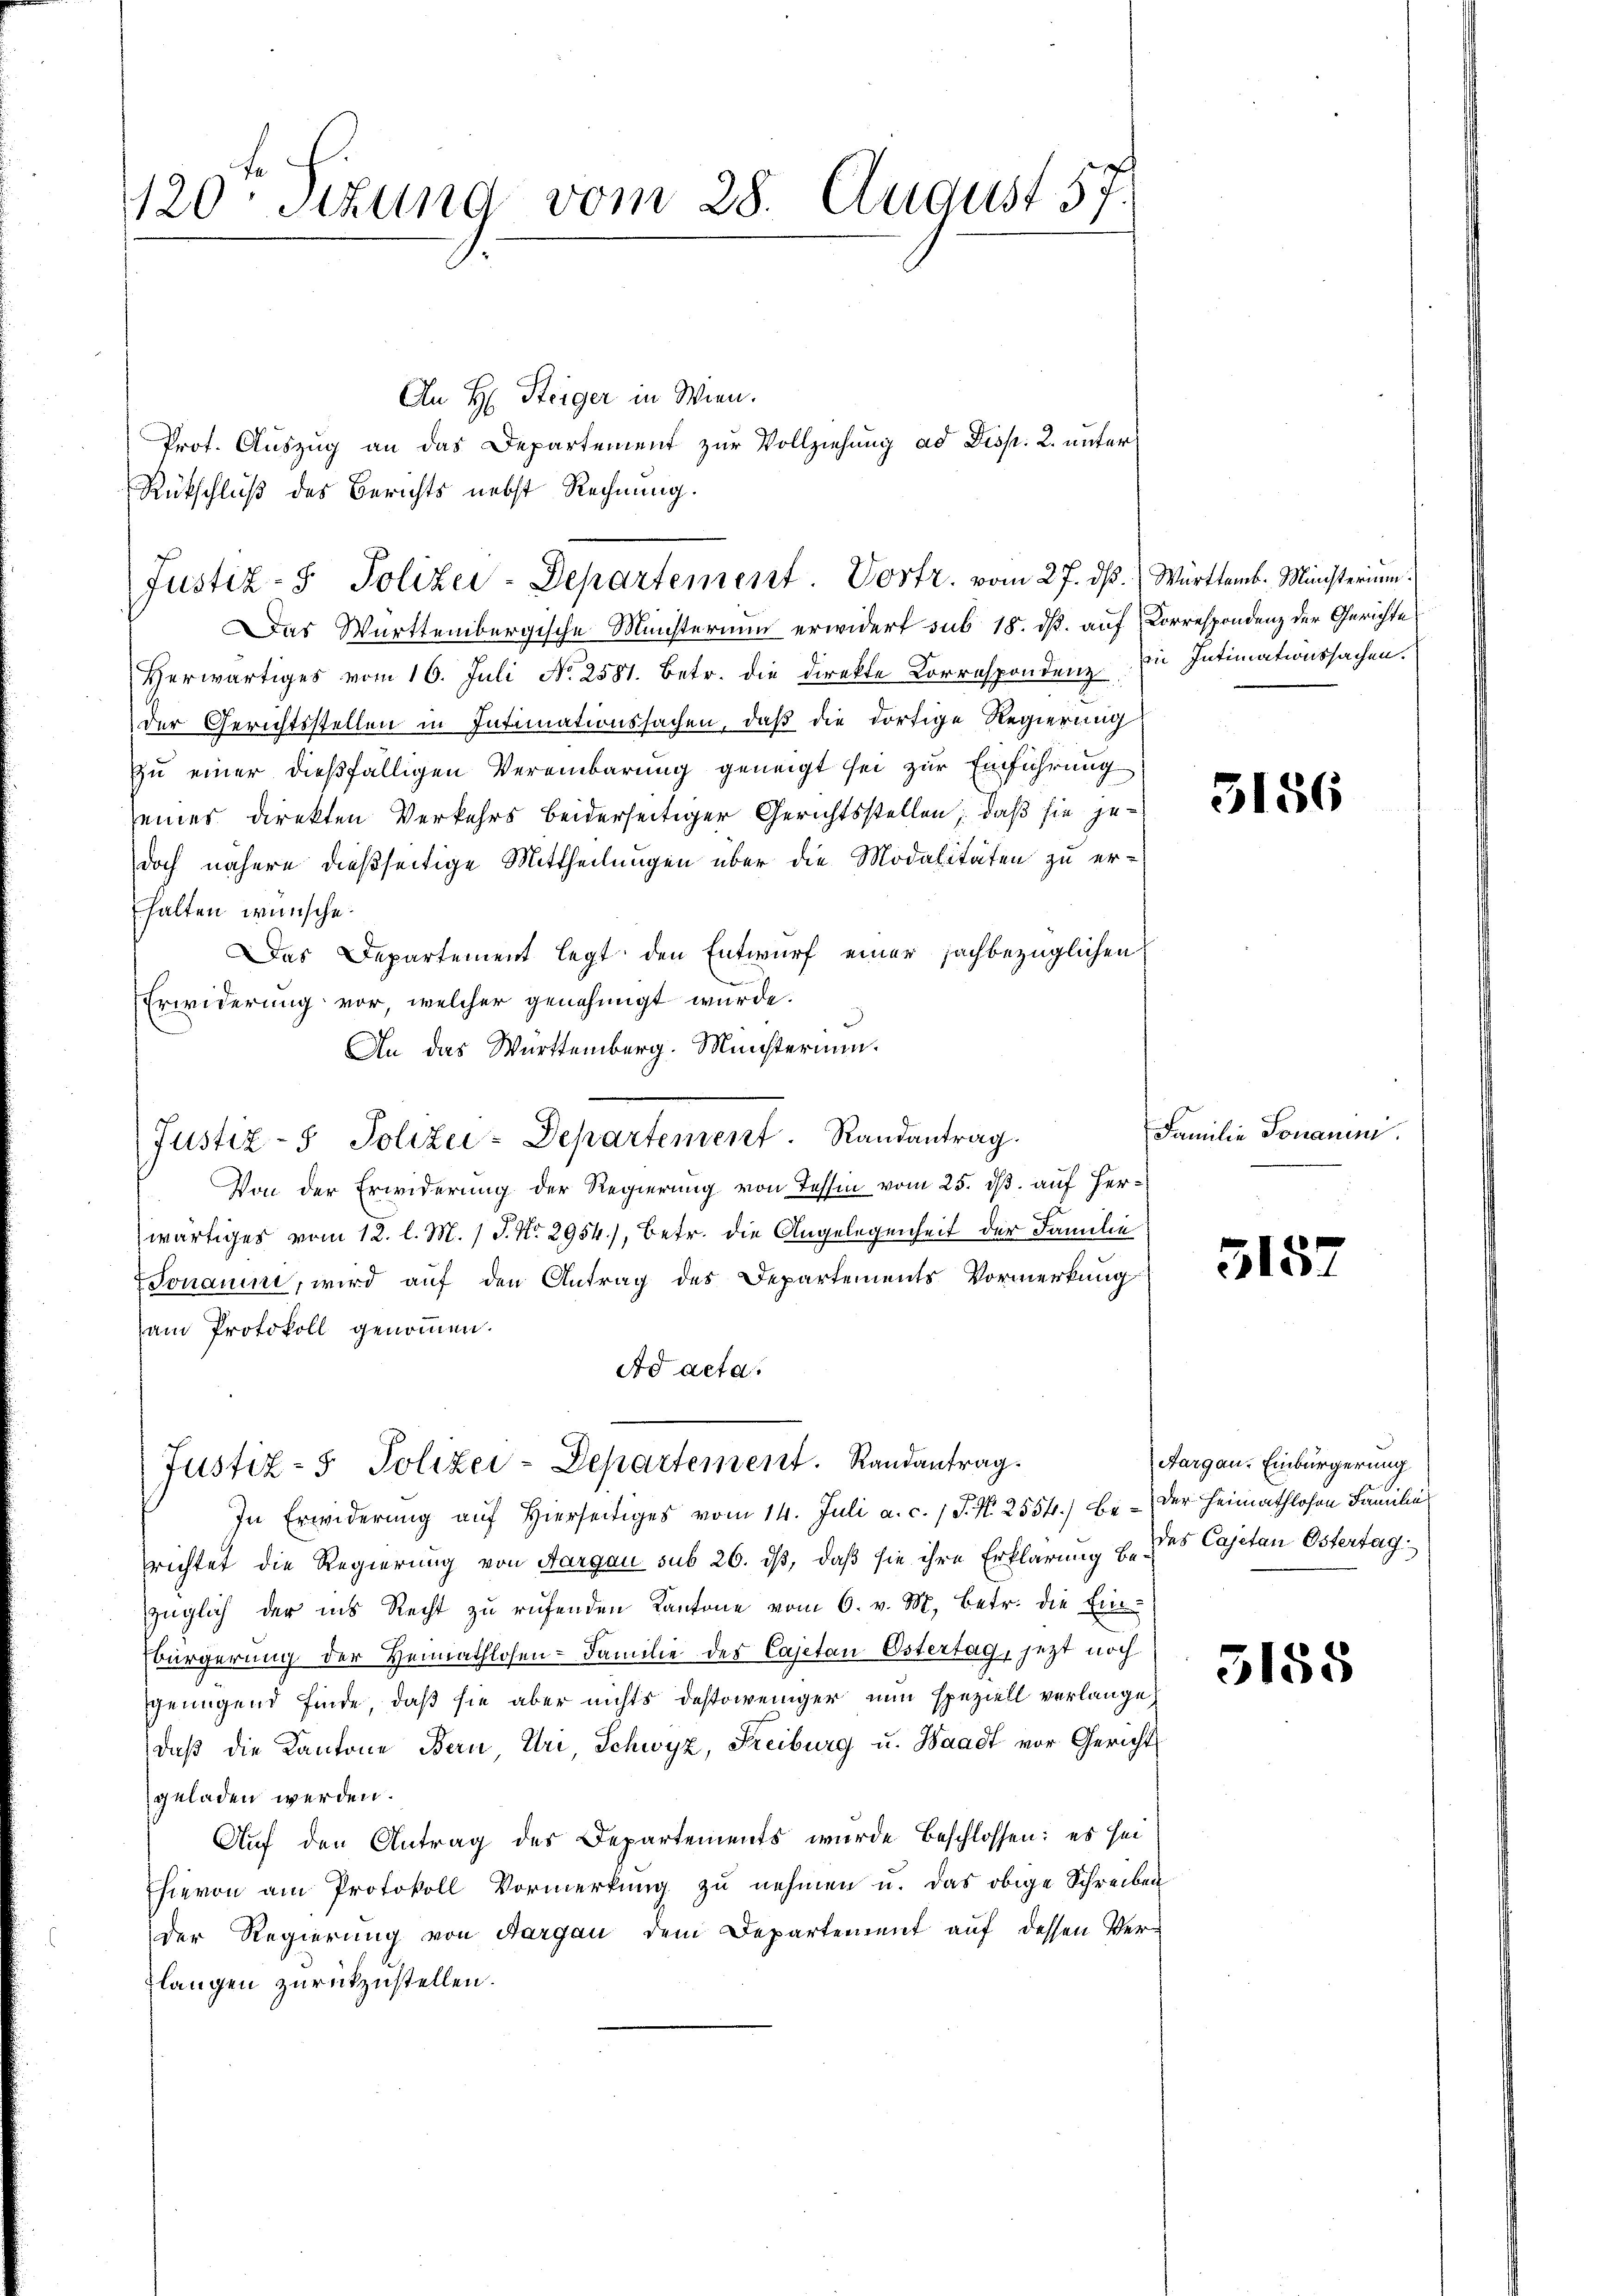
120. Sitzung vom 28. August 57.

An H: Steiger in Wien.
Prot. Auszug an das Departement zur Vollziehung ad Disp. 2. unter
Rückschluß des Berichts nebst Rechnung.
Das Württembergische Ministerium erwidert sub 18. dß. auf Correspondenz der Gerichte
Herwärtiges vom 16. Juli No 2581. Betr. die direkte Korrespondenz in Intimationssachen.
der Gerichtsstellen in Intimationssachen, daß die dortige Regierung
zu einer dießfälligen Vereinbarung geneigt sei zur Einführung
seines direkten Verkehrs beiderseitiger Gerichtsstellen; daß sie jedoch nähere dießseitige Mittheilungen über die Modalitäten zu er-
halten wünsche.
Das Departement legt den Entwurf einer sachbezüglichen
Erwiderung vor, welcher genehmigt wurde.
An das Württemberg. Münsterium.
Von der Erwiderung der Regierung von Tessin vom 25. dß auf Herwärtiges vom 12. l. M. / P. Nr. 2954), betr. die Angelegenheit der Familie
Donaun, wird auf den Antrag des Departements Vormerkung
am Protokoll genommen.
Ad acta
Justiz- & Polizei-Departement. Randantrag.
In Erwiderung auf hierseitiges vom 14. Juli a. c. 1 S. N. 2554.) be- der Heimathlosen Familias
richtet die Regierung von Aargau sub 26. ds, daß sie ihre Erklärung u. des Cajetan Östertag
züglich der ins Recht zu rufenden Kantone vom 6. v. M. betr. die Ein-
bürgerung der Heimathlosen- Familie des Cajetan Östertag, jetzt noch
genügend finde, daß sie aber nichts destoweniger nun speziell verlange,
daβ die Kantone Bern, Uri, Schwyz, Freiburg u. Waadt vor Gericht
geladen werden.
Auf den Antrag des Departements werde beschlossen: es sei
Ehievon am Protokoll Vormerkung zu nehmen u. das obige Schreiben
der Regierung von Aargau dem Departement auf dessen Verlangen zurückzustellen.

Justiz- & Polizei-Departement. Vortr. vom 27. ds. Württemb. Ministerium.

Justiz- & Polizei-Departement. Randantrag.

3156

Familie Tonarii.

5157

Aargau. Einbürgerung

5185